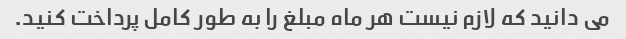
می دانید که لازم نیست هر ماه مبلغ را به طور کامل پرداخت کنید.